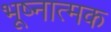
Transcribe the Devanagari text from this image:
भूष्नात्मक